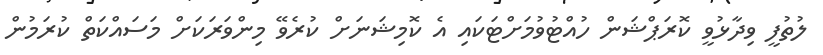
ލުތުފީ ވިދާޅުވީ ކޮރަޕްޝަން ހުއްޓުވުމަށްޓަކައި އެ ކޮމިޝަނަށް ކުރެވޭ މިންވަރަކަށް މަސައްކަތް ކުރަމުން